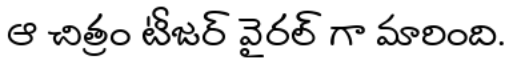
ఆ చిత్రం టీజర్ వైరల్ గా మారింది.